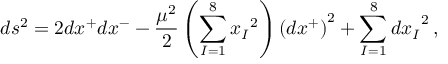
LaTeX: d s ^ { 2 } = 2 d x ^ { + } d x ^ { - } - \frac { \mu ^ { 2 } } { 2 } \left( \sum _ { I = 1 } ^ { 8 } { x _ { I } } ^ { 2 } \right) \left( d x ^ { + } \right) ^ { 2 } + \sum _ { I = 1 } ^ { 8 } { d x _ { I } } ^ { 2 } \, ,